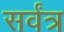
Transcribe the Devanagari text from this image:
सर्वंत्र